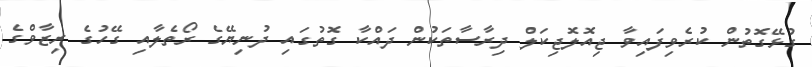
ގުޅޭގޮތުން ކުރެވިފައިވާ ޖިއޮލޮޖިކަލް ދިރާސާތަކުން ދައްކާ ގޮތުގައި ދުނިޔޭގެ ރޯތެލާއި ގޭހުގެ ރިޒާވްގެ